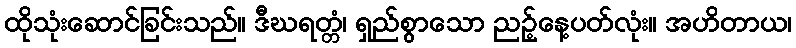
ထိုသုံးဆောင်ခြင်းသည်။ ဒီဃရတ္တံ၊ ရှည်စွာသော ညဉ့်နေ့ပတ်လုံး။ အဟိတာယ၊